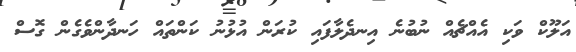
އަލޫކް ވަކި އެއްޗެއް ނުބުނެ އިނދެލާފައި ކުރަން އުޅުނު ކަންތައް ހަނދާންވެގެން ގޮސް